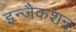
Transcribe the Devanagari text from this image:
इन्जैकशन